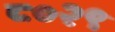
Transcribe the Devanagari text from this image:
८०२९